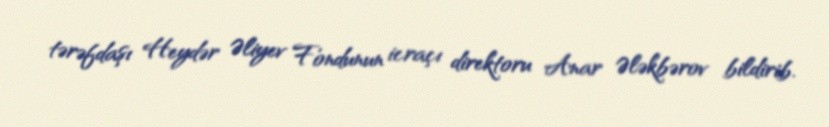
tərəfdaşı Heydər Əliyev Fondunun icraçı direktoru Anar Ələkbərov bildirib.